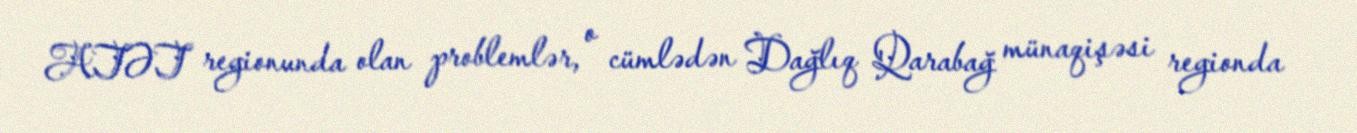
ATƏT regionunda olan problemlər, o cümlədən Dağlıq Qarabağ münaqişəsi regionda